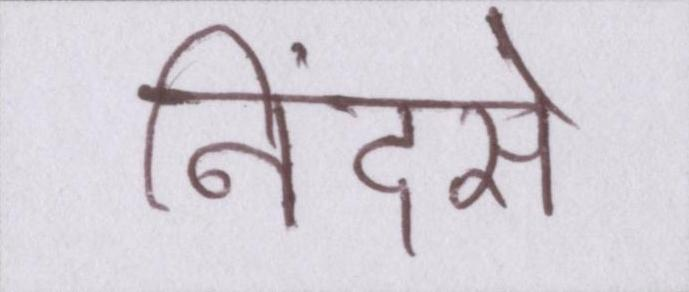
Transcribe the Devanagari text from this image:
निंदसे